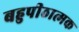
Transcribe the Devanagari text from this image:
बहुपीठात्मक